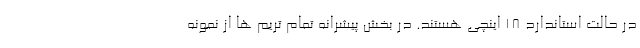
در حالت استاندارد 18 اینچی هستند. در بخش پیشرانه تمام تریم ها از نمونه